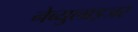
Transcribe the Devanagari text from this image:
नेब्युलाइजर